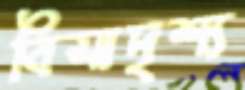
বিসাদৃশ্য